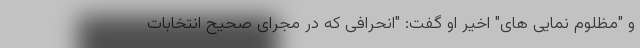
و "مظلوم نمایی های" اخیر او گفت: "انحرافی که در مجرای صحیح انتخابات